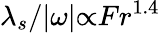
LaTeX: \lambda_{s}/{\vert}\omega{\vert}{\propto}Fr^{1.4}